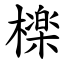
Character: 檪